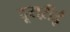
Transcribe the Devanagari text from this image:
दूसऱीई